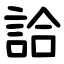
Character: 詥